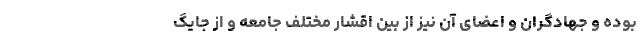
بوده و جهادگران و اعضای آن نیز از بین اقشار مختلف جامعه و از جایگ